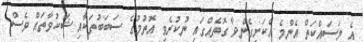
އެ މަސައްކަތް އެންމެ އެކަށީގެންވާ ގޮތެއްގައި ނުކުރެވި އޮތުމުގެ ސަބަބުތަކާއި ޝަކުވާތައް ވެސް